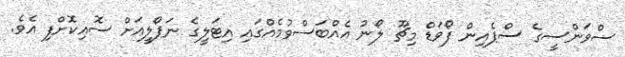
ސްވަންސީގެ ސްޕެއިން ފޯވަޑް މިޗޫ ލޯނު އެއްބަސްވުމެއްގައި އިޓަލީގެ ނަޕޯލީއަށް ސޮއިކޮށްފި އެވެ.